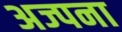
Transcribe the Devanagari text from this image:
अज्पना